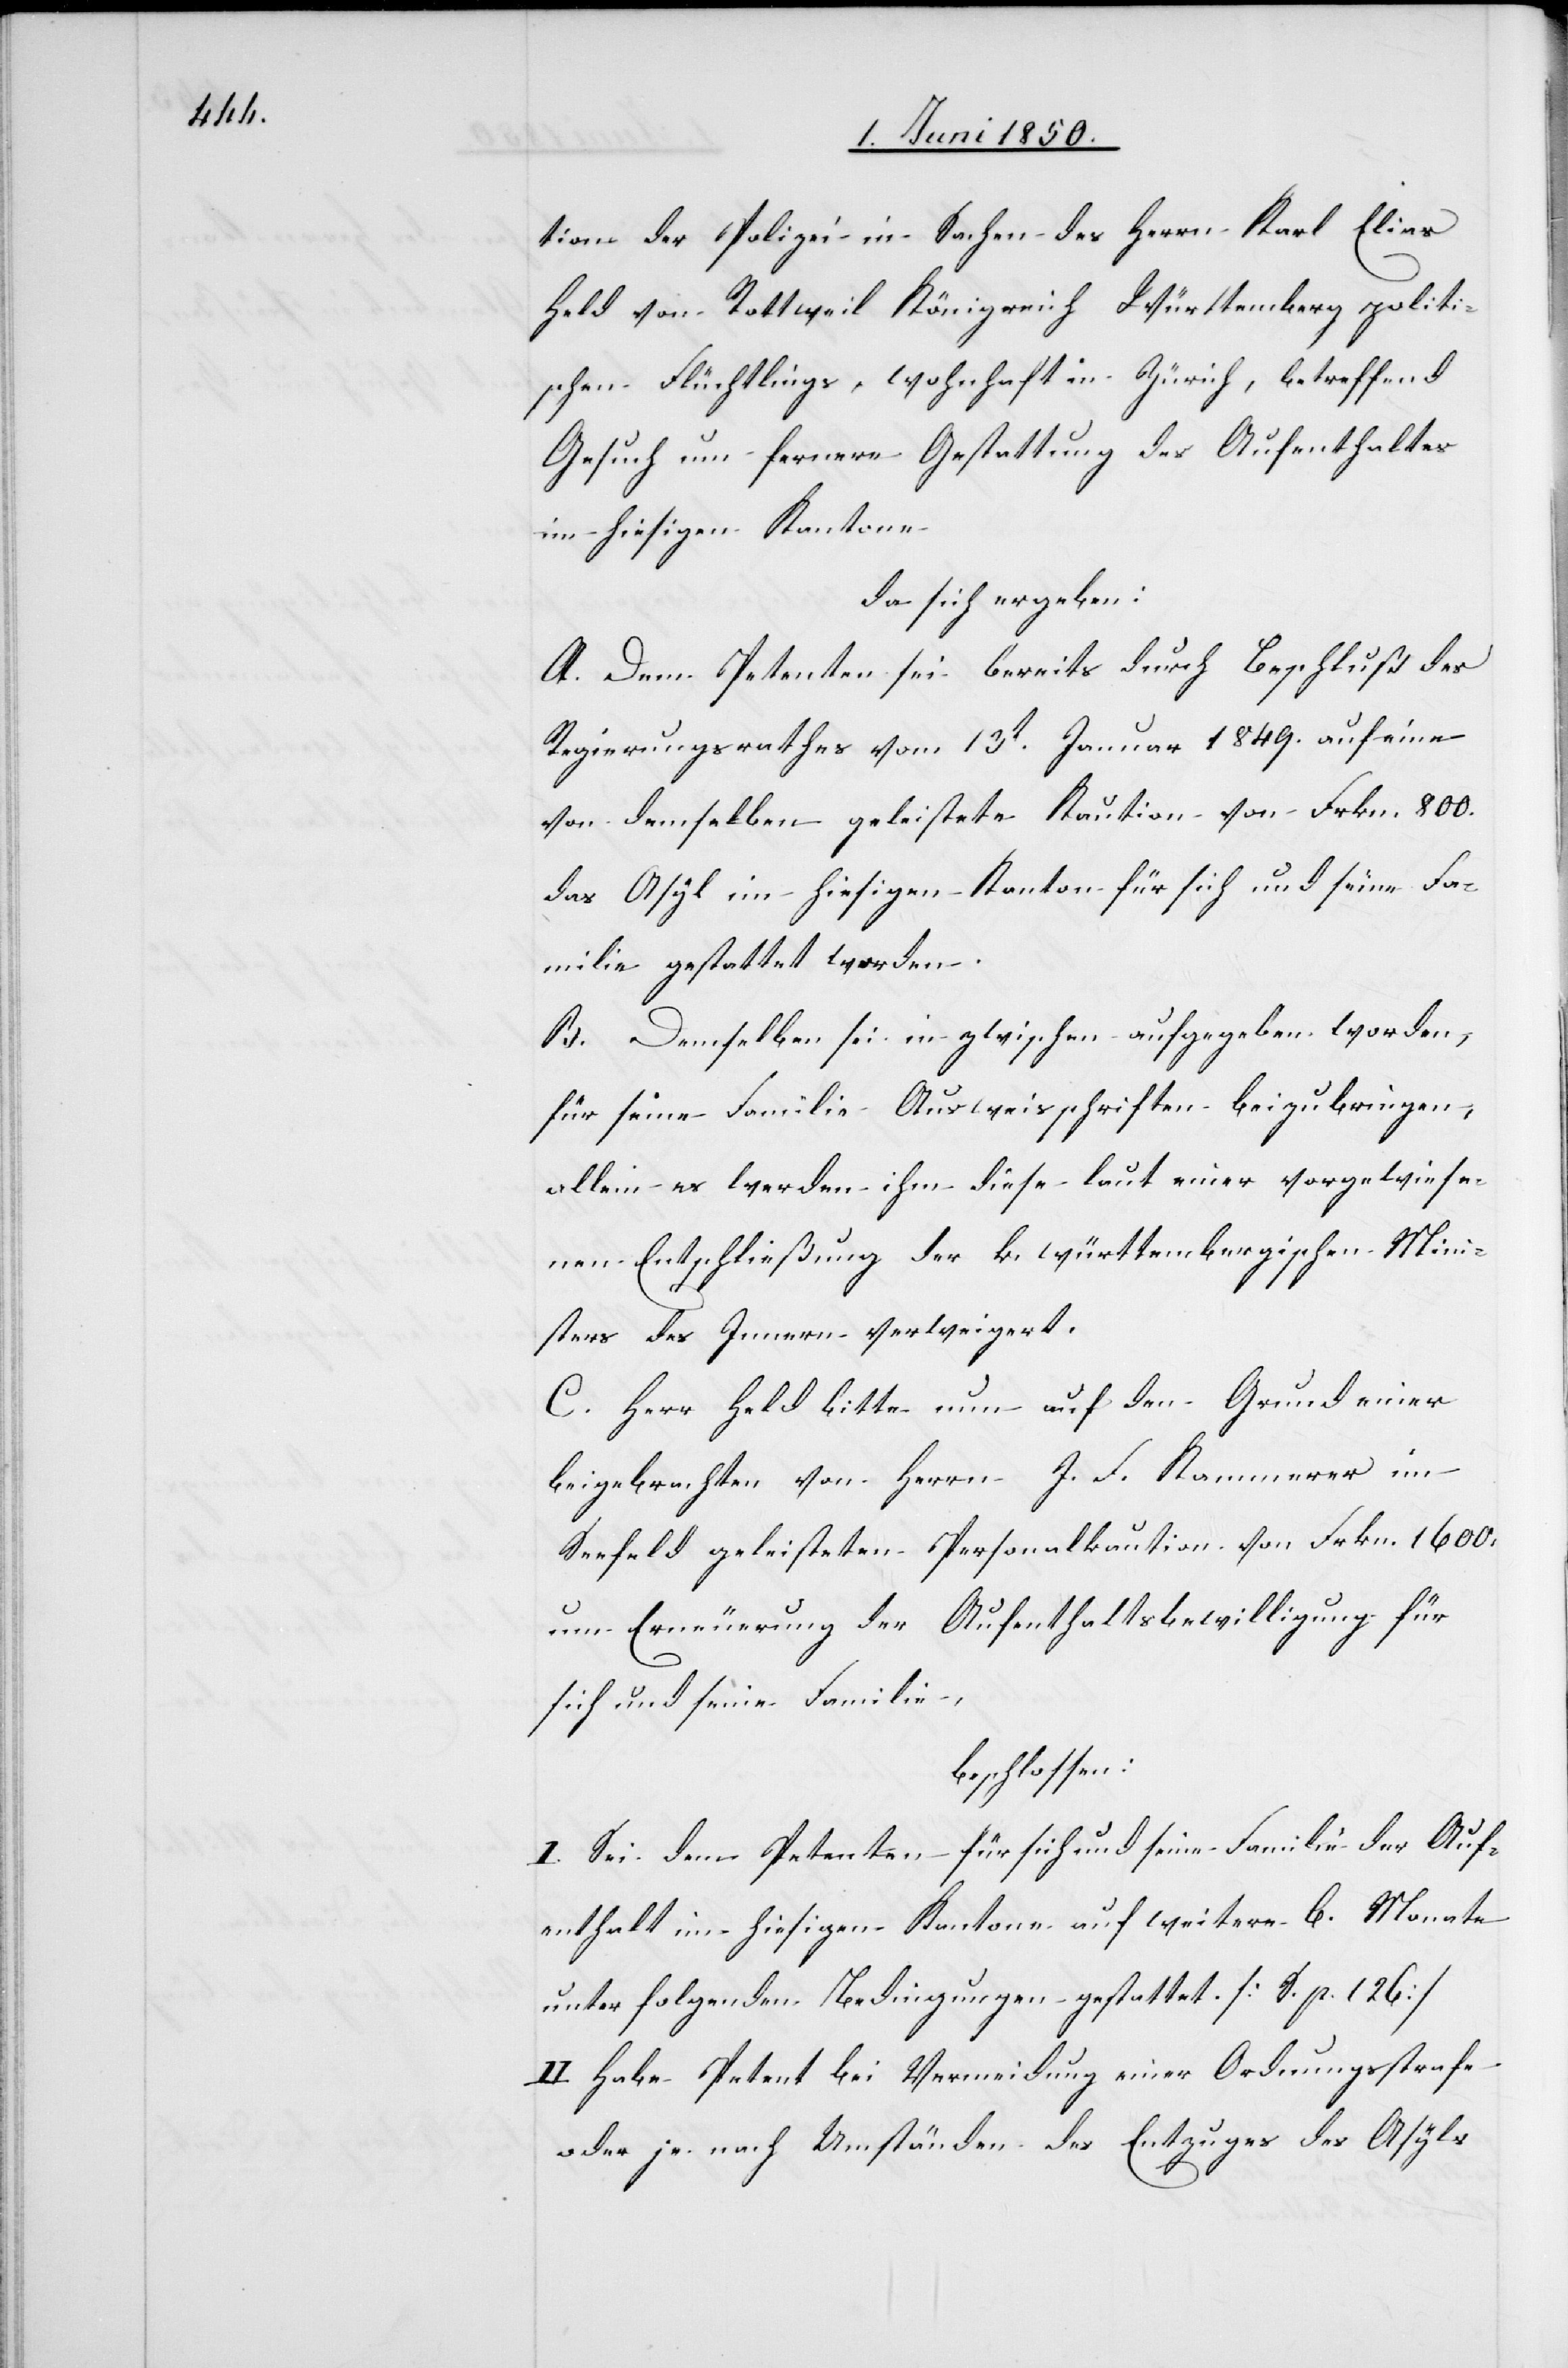
tion der Polizei in Sachen des Herrn Karl Elias
Held von Rottweil Königreich Württemberg politi¬
schen Flüchtlings, wohnhaft in Zürich, betreffend
Gesuch um fernere Gestattung des Aufenthaltes
im hiesigen Kantone
da sich ergeben:
A. Dem Petenten sei bereits durch Beschluß des
Regierungsrathes vom 13t Januar 1849. auf eine
von demselben geleistete Kaution von Frkn. 800.
das Asyl im hiesigen Kanton für sich und seine Fa¬
milie gestattet worden.
B. Demselben sei in zwischen aufgegeben worden,
für seine Familie Ausweisschriften beizubringen,
allein es werden ihm diese laut einer vorgewiese¬
nen Entschließung der k. württembergischen Mini¬
sters des Innern verweigert.
C. Herr Held bitte nun auf den Grund einer
beigebrachten von Herrn J. F. Kammerer im
Seefeld geleisteten Personalkaution von Frkn. 1600.
um Erneuerung der Aufenthaltsbewilligung für
sich und seine Familie,
beschlossen:
I. Sei dem Petenten für sich und seine Familie der Auf¬
enthalt im hiesigen Kantone auf weitere 6. Monate
unter folgenden Bedingungen gestattet. [S. p. 126]
II. Habe Petent bei Vermeidung einer Ordnungsstrafe
oder je nach Umständen des Entzuges des Asyls